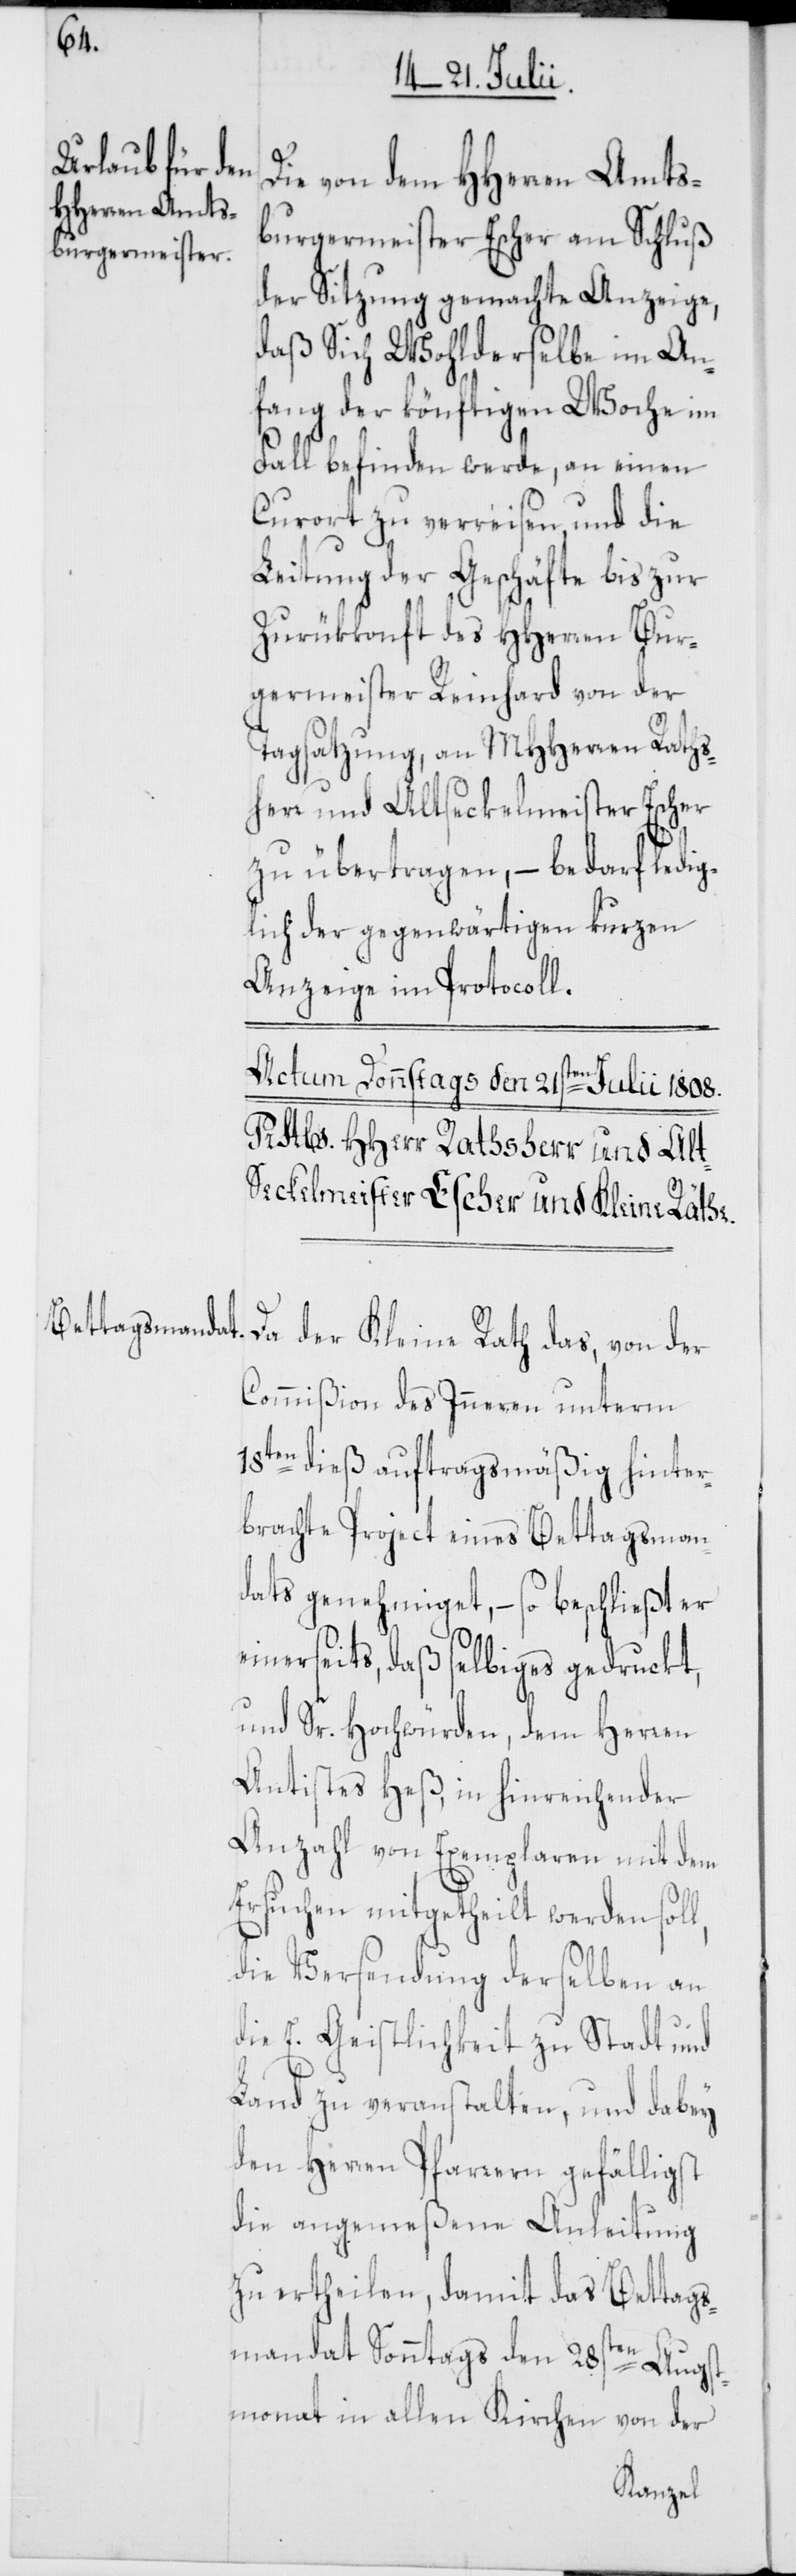
Die von dem HHerren Amts¬
burgermeister Escher am Schluß
der Sitzung gemachte Anzeige,
daß Sich Wohlderselbe im An¬
fang der könftigen Woche im
Fall befinden werde, an einen
Curort zu verreisen, und die
Leitung der Geschäfte bis zur
Zurükkonft des HHerren Bur¬
germeister Reinhard von der
Tagsatzung, an MHHerren Raths¬
herr und Altseckelmeister Escher
zu übertragen, – bedarf ledi¬
glich der gegenwärtigen kurzen
Anzeige im Protocoll.
l,
Commißion des Inneren unterm
18ten dieß auftragsmäßig hinter¬
brachte Project eines Bettagsman¬
dats genehmiget, – so beschließt er
einerseits, daß selbiges gedruckt,
und Sr. Hochwürden dem Herren
Antistes Heß, in hinreichender
Anzahl von Exemplaren mit dem
Ersuchen mitgetheilt werden sol¬
die Versendung derselben an
die E. Geistlichkeit zu Stadt und
Land zu veranstalten, und dabey
den Herren Pfarrern gefälligst
die angemeßene Anleitung
zu ertheilen, damit das Bettags¬
mandat Sonntags den 28sten Augst¬
monat in allen Kirchen von der